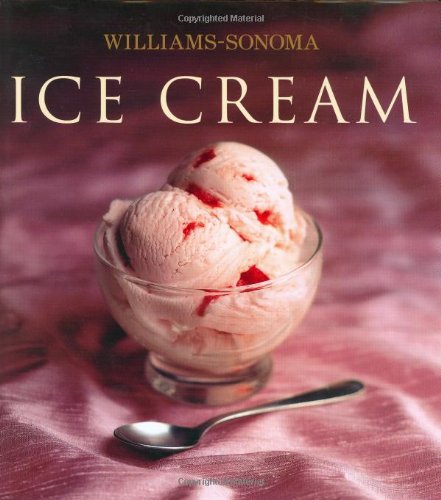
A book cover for Williams-Sonoma Collection: Ice Cream; Cookbooks, Food & Wine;